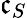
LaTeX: \mathfrak{c}_{S}